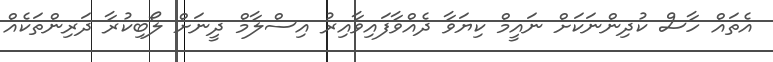
އެތައް ހާސް ކުދިންނަކަށް ނައީމް ކިޔަވާ ދެއްވާފައިވާއިރު އިސްލާމް ދީނަށް ލޯބިކުރާ ދަރިންތަކެއް